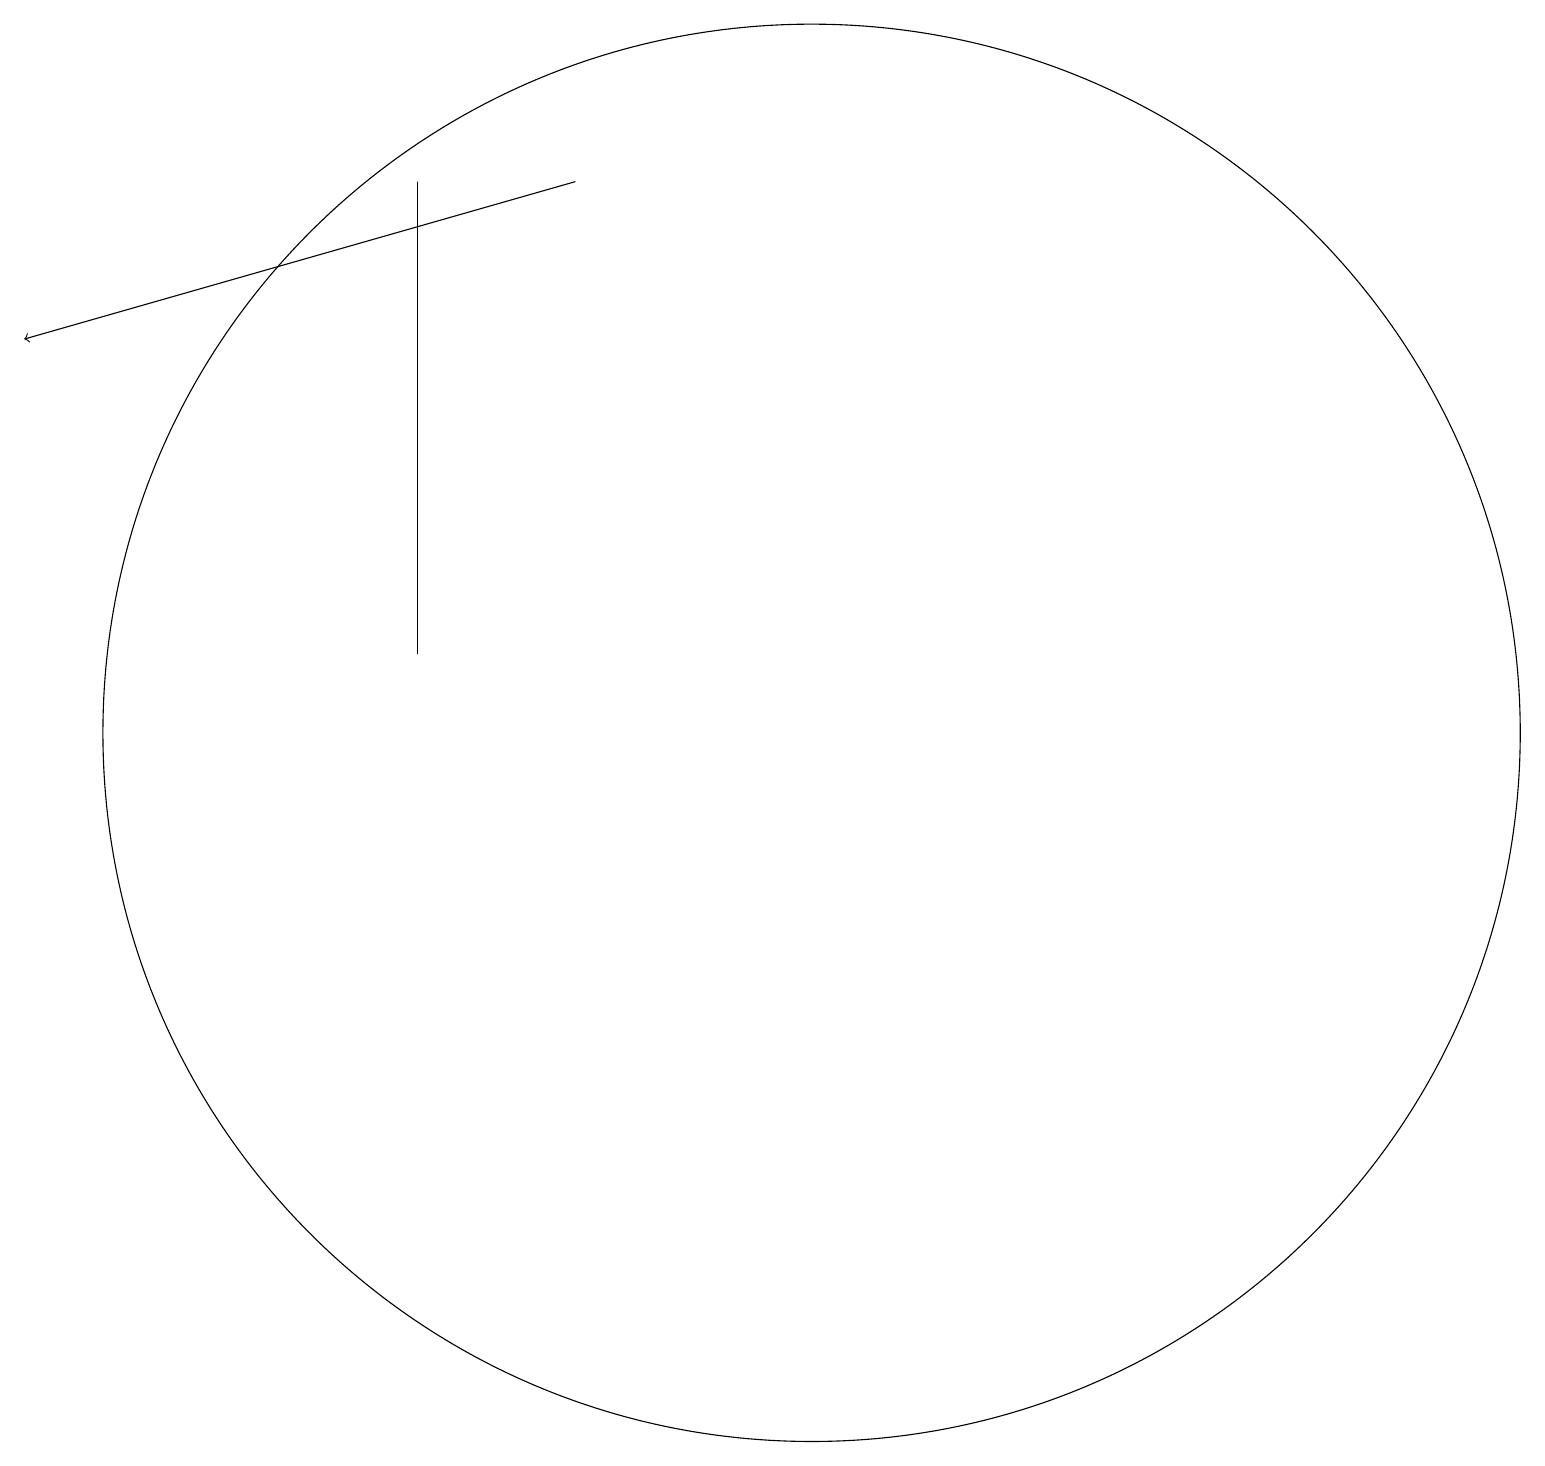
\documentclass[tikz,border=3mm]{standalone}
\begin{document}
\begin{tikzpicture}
\draw (11,12) circle (9);
\draw (6,13) rectangle (6,19);
\draw[->] (8,19) -- (1,17);
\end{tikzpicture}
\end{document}